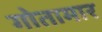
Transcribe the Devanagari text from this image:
गोतामार